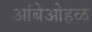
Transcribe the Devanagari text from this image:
आंबेओहळ